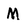
Character: M